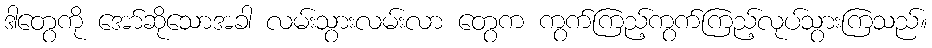
ဒါတွေကို အော်ဆိုသောအခါ လမ်းသွားလမ်းလာ တွေက ကွက်ကြည့်ကွက်ကြည့်လုပ်သွားကြသည်။